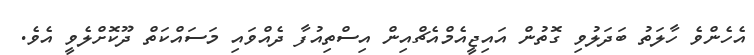
އެހެންވެ ހާލަތު ބަދަލުވި ގޮތުން އައިޖީއެމްއެޗްއިން އިސްތިއުފާ ދެއްވައި މަސައްކަތް ދޫކޮށްލެވީ އެވެ.